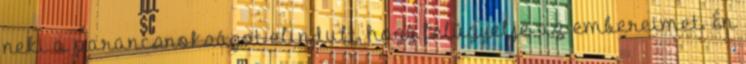
neki a parancsnokságot elindult, hogy felügyelje az embereimet. Én